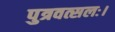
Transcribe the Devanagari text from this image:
पुत्रवत्सलः।